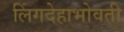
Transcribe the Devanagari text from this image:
लिंगदेहाभोवती